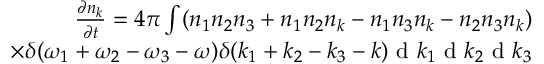
\begin{array} { r } { \frac { \partial n _ { k } } { \partial t } = 4 \pi \int ( n _ { 1 } n _ { 2 } n _ { 3 } + n _ { 1 } n _ { 2 } n _ { k } - n _ { 1 } n _ { 3 } n _ { k } - n _ { 2 } n _ { 3 } n _ { k } ) } \\ { \times \delta ( \omega _ { 1 } + \omega _ { 2 } - \omega _ { 3 } - \omega ) \delta ( k _ { 1 } + k _ { 2 } - k _ { 3 } - k ) \textnormal { d } k _ { 1 } \textnormal { d } k _ { 2 } \textnormal { d } k _ { 3 } } \end{array}